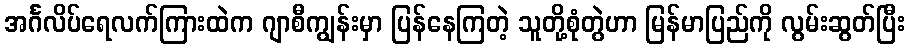
အင်္ဂလိပ်ရေလက်ကြားထဲက ဂျာစီကျွန်းမှာ ပြန်နေကြတဲ့ သူတို့စုံတွဲဟာ မြန်မာပြည်ကို လွမ်းဆွတ်ပြီး